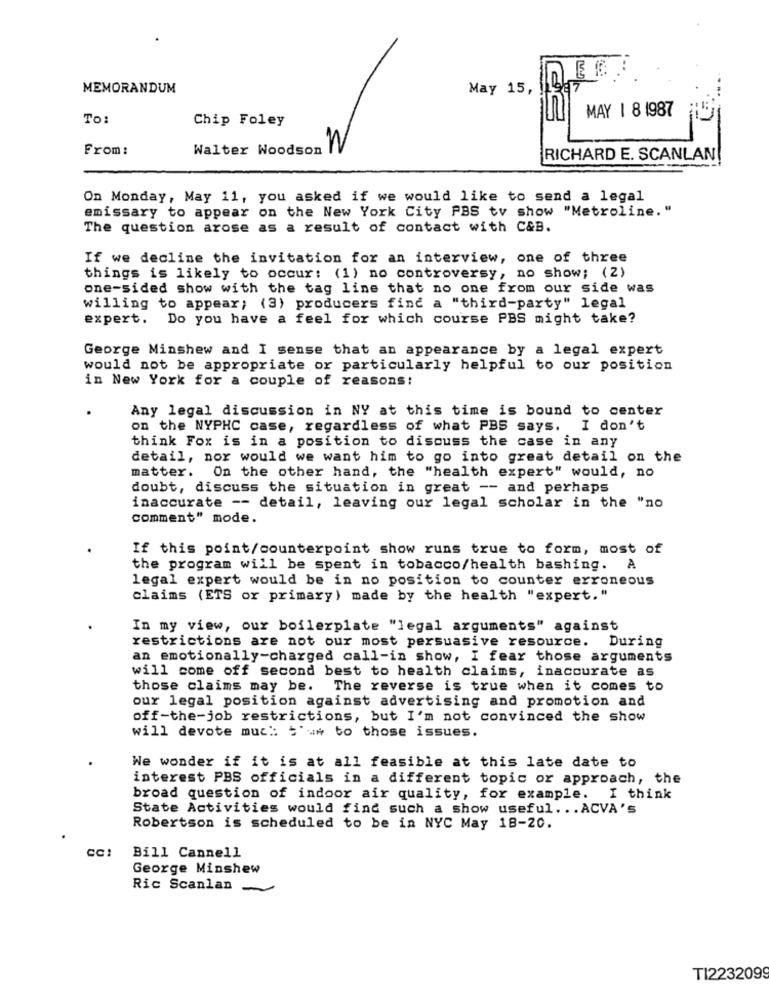
MEMORANDUM
May 15, By
To:
Chip Foley
MAY | 8 1987
From :
Walter Woodson
W
RICHARD E. SCANLAN
On Monday, May 11, you asked if we would like to send a legal
emissary to appear on the New York City PBS tv show "Metroline. "
The question arose as a result of contact with C&B.
If we decline the invitation for an interview, one of three
things is likely to occur: (1) no controversy, no show; (2)
one-sided show with the tag line that no one from our side was
willing to appear; (3) producers find a "third-party" legal
expert. Do you have a feel for which course PBS might take?
George Minshew and I sense that an appearance by a legal expert
would not be appropriate or particularly helpful to our position
in New York for a couple of reasons:
Any legal discussion in NY at this time is bound to center
on the NYPHC case, regardless of what PBS says. I don't
think Fox is in a position to discuss the case in any
detail, nor would we want him to go into great detail on the
matter. On the other hand, the "health expert" would, no
doubt, discuss the situation in great -- and perhaps
inaccurate -- detail, leaving our legal scholar in the "no
comment" mode.
If this point/counterpoint show runs true to form, most of
the program will be spent in tobacco/health bashing. A
legal expert would be in no position to counter erroneous
claims (ETS or primary) made by the health "expert. "
In my view, our boilerplate "legal arguments" against
restrictions are not our most persuasive resource. During
an emotionally-charged call-in show, I fear those arguments
will come off second best to health claims, inaccurate as
those claims may be. The reverse is true when it comes to
our legal position against advertising and promotion and
off-the-job restrictions, but I'm not convinced the show
will devote much: true to those issues.
We wonder if it is at all feasible at this late date to
interest PBS officials in a different topic or approach, the
broad question of indoor air quality, for example. I think
State Activities would find such a show useful ... ACVA's
Robertson is scheduled to be in NYC May 18-20.
CC:
Bill Cannell
George Minshew
Ric Scanlan
TI223209